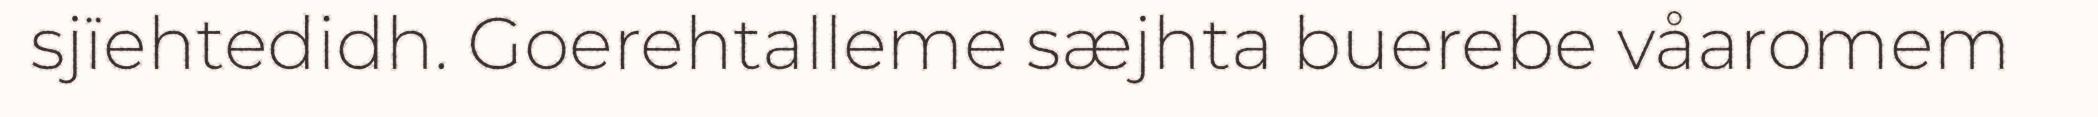
sjïehtedidh. Goerehtalleme sæjhta buerebe våaromem